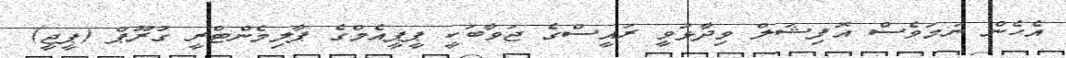
އެހެން ނަމަވެސް އޮފިޝަލް ވިދާޅުވީ ރައީސްގެ ޖަވާބަކީ ޕީޕީއެމްގެ ޕާލިމެންޓްރީ ގުރޫޕް (ޕީޖީ)